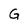
Character: G